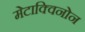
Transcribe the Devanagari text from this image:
मेटाक्विनोन